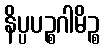
နိပ္ပပဉ္စဂါမိဉ္စ